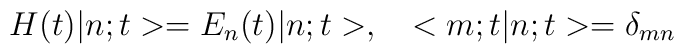
H(t) |n;t> = E_n(t) |n;t>,~~<m;t|n;t> = \delta_{mn}